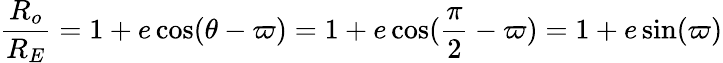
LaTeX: {\frac{R_{o}}{R_{E}}}=1+e\cos(\theta-\varpi)=1+e\cos({\frac{\pi}{2}}-\varpi)=1+e\sin(\varpi)